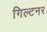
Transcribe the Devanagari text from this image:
गिल्टनर